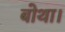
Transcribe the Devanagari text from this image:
बोथा।